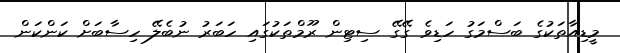
މީޑިއާތަކުގެ ބަސްމަގު ހަޑިވެ ގޭގޭ ސިޓިން ރޫމްތަކުގައި ހަބަރު ނުބެލޭ ހިސާބަށް ކަންކަން